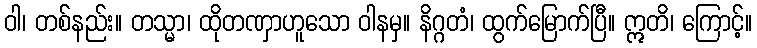
ဝါ၊ တစ်နည်း။ တသ္မာ၊ ထိုတဏှာဟူသော ဝါနမှ။ နိဂ္ဂတံ၊ ထွက်မြောက်ပြီ။ ဣတိ၊ ကြောင့်။